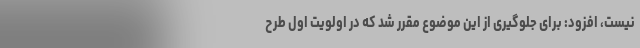
نیست، افزود: برای جلوگیری از این موضوع مقرر شد که در اولویت اول طرح